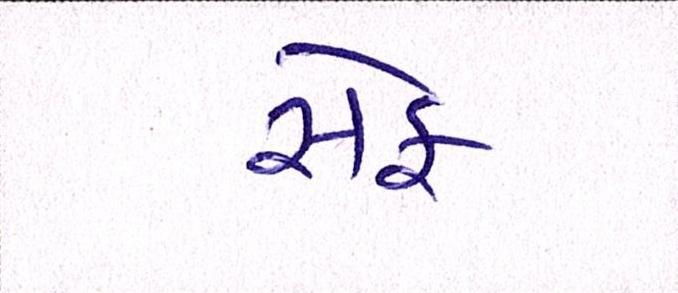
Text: સેફ